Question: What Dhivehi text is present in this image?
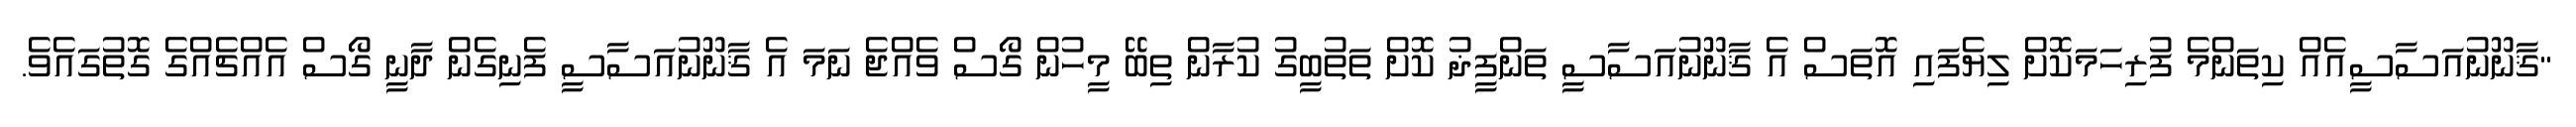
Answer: "ޤާނޫނުއަސާސީއެއް ކިތަންމެ ފުރިހަމަކޮށް ލިޔެފައި އޮތަސް އެ ޤާނޫނުއަސާސީ ތަންފީޛު ކޮށް ތަތުބީގު ކުރާން ތިބޭ މީހުން ގޯސް ވެއްޖެ ނަމަ އެ ޤާނޫނުއަސާސީ ފެނިގެން ދާނީ ގޯސް އެއްޗެއްގެ ގޮތުގައެވެ.